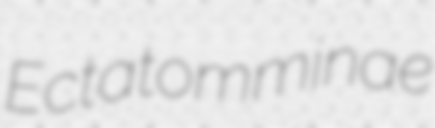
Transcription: Ectatomminae